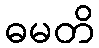
ဓမတိ